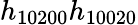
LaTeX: h_{10200}h_{10020}